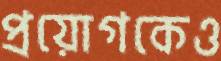
প্রয়োগকেও